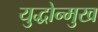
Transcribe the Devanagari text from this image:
युद्धोन्मुख